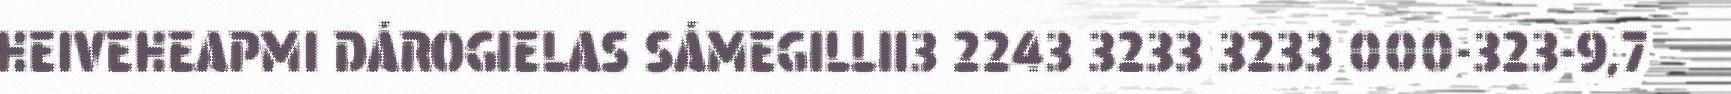
HEIVEHEAPMI DÁROGIELAS SÁMEGILLII3 2243 3233 3233 000-323-9,7